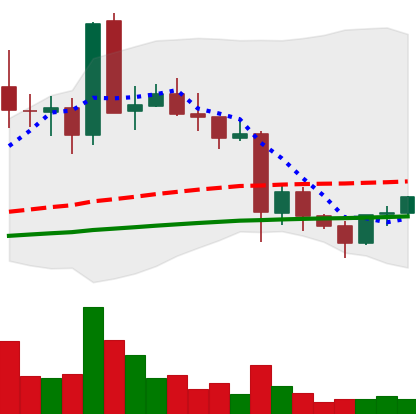
Ticker: EOS-USD
Chart end date: 2021-05-26
Forward return: 3.328%
Label: up_3_5